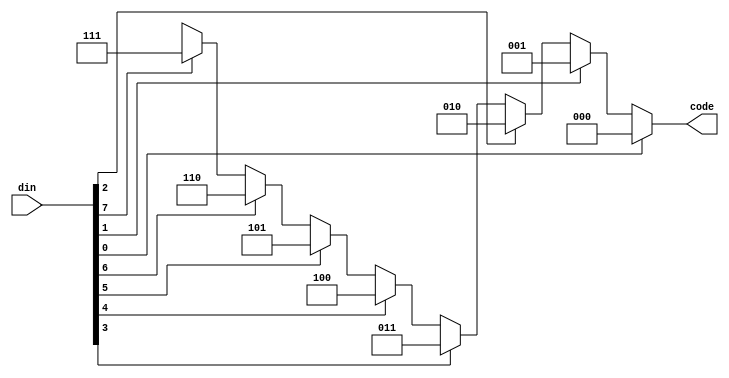
module eighttothreeencoder (code , din);

 input [7:0]din;

 output reg [2:0]code;

	 always @ (*)
	 begin
		if (din[0] == 1)
			code = 3'b000;
		else if(din[1] == 1)
			code = 3'b001;
		else if(din[2] == 1)
			code = 3'b010;
		else if(din[3] == 1)
			code = 3'b011;
		else if(din[4] == 1)
			code = 3'b100;
		else if(din[5] == 1)
			code = 3'b101;
		else if(din[6] == 1)
			code = 3'b110;
		else if(din[7] == 1)
			code = 3'b111;
		else
			code = 3'bx;
	end
endmodule